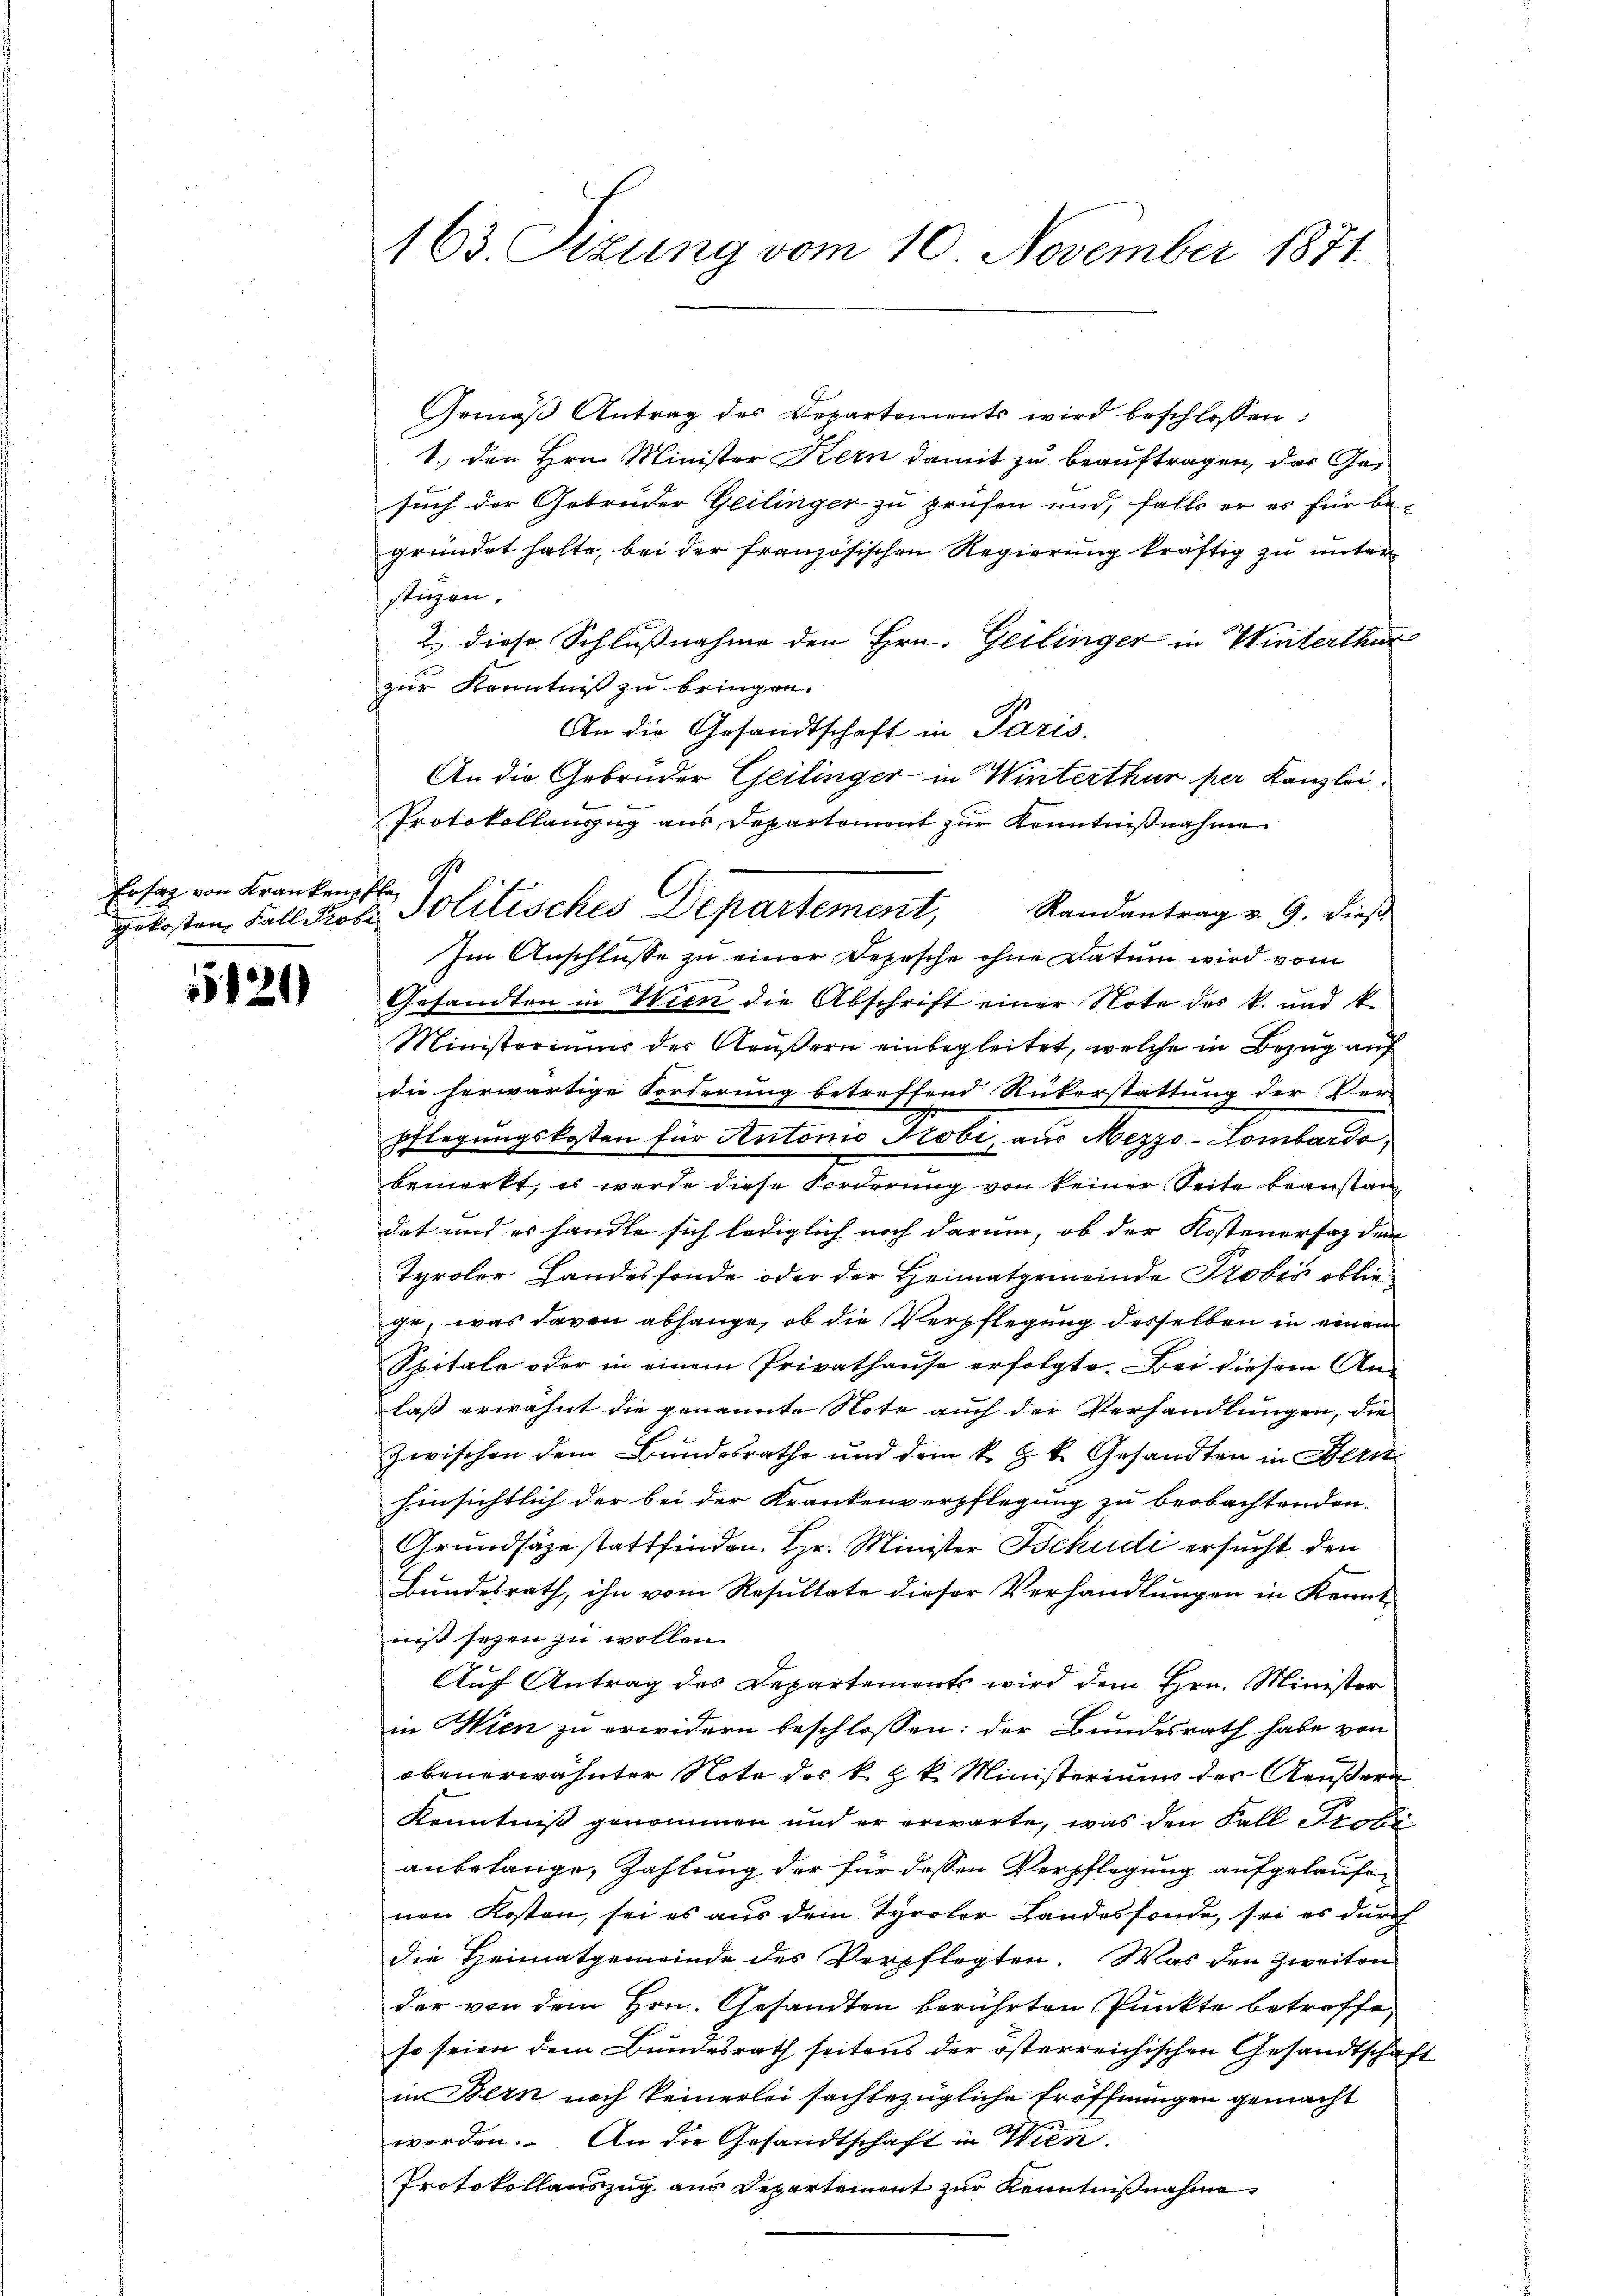
Erstag von Kranken Ple¬

15121

163. Sizung vom 10. November 1871.

Gemäβ Antrag des Departements wird beschlossen:
1., den Hrn. Minister Kern damit zu beauftragen, das Ge-
such der Gebrüder Geilinger zu prüfen und, falls er es für be-
gründet halte, bei der französischen Regierung kräftig zu unter
stüzen.
2.) diese Schlußnahme den Hrn. Geilinger in Winterthur
zur Kenntniß zu bringen.
An die Gesandtschaft in Paris,
An die Gebrüder Geilinger in Winterthur per Kanzlei.

Protokollanzug aus Departement zŭr Kenntniβnahme
u
Im Anschlüsse zu einer Depesche ohne Datum wird vom
Gesandten in Wien die Abschrift einer Note des k. und k
Ministoriums der Aeußern einbegleitet, welche in Bezug auf
die herwärtige Forderung betreffend Rükerstattung der Ver-
g
pflegungskosten für Antonio Probi, aus Mezzo-Lombardo,
bemerkt, es werde diese Forderung von keiner Seite beanstandet und es handle sich lediglich noch darum, ob der Kostenerfaz dem
Tyroler Landesfonde oder der Heimatgemeinde Probis obliege, was davon abhänge, ob die Verpflegung derselben in einem
Spitale oder in einem Privathause erfolgte. Bei diesem An-
laß erwähnt die genannte Note auch der Verhandlungen, die
zwischen dem Bundesrathe und dem k. k. k. Gesandten in Bern
hinsichtlich der bei der Krankenverpflegung zu beobachtenden
Grundsägestattfinden. Hr. Minister Schudi ersucht den
Bundesrath, ihn vom Resultate dieser Verhandlungen in Kennt-
niß seyen zu wollen.
Auf Antrag des Departements wird dem Hrn. Minister
in Wien zu erwidern beschlossen: der Bundesrath habe von
obenerwähnter Note des k. k. k. Ministerium der Aeußern
Kenntniß genommen und er erwarte, was den Fall Probe
anbelange, Zahlung der für dessen Verpflegung aufgelaufenen Kosten, sei es aus dem Tyroler Landesfonde, sei es durch
die Heimatgemeinde des Verpflegten. Was den Zweiten
der von dem Hrn. Gesandten berührten Punkte betreffe
so seien dem Bundesrath seitens der österreichischen Gesandtschaft
in Bern noch keinerlei sachbezügliche Eröffnungen gemacht
worden. An die Gesandtschaft in Wien.
Protokollauszug aus Departement zur Kenntnißnahme

Gs
gekosten Fall Probe Politisches Departement, Randantrag v. 9. dieβ